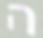
ה